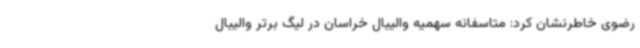
رضوی خاطرنشان کرد: متاسفانه سهمیه والیبال خراسان در لیگ برتر والیبال